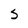
Character: S